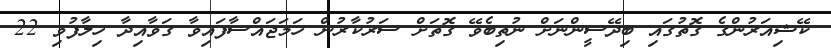
ކޭޝިއަރުންގެ ގޮތުގައި ބިދޭސީންނަށް ނުތިބެވޭ ގޮތަށް ސަރުކާރުން ހަމަޖައްސާފައިވާ ގަވާއިދާ ހިލާފުވި 22